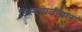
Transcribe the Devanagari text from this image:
जिल्दसाजीखाना